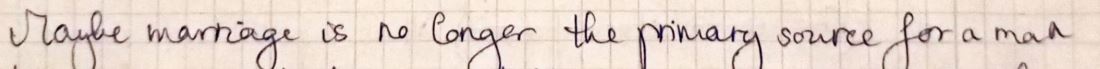
Maybe marriage is no longer the primary source for a man